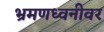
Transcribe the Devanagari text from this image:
भ्रमणध्वनीवर